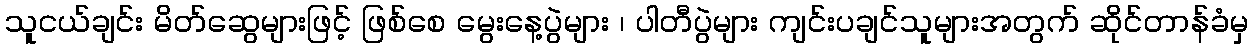
သူငယ်ချင်း မိတ်ဆွေများဖြင့် ဖြစ်စေ မွေးနေ့ပွဲများ ၊ ပါတီပွဲများ ကျင်းပချင်သူများအတွက် ဆိုင်တာန်ခံမှ